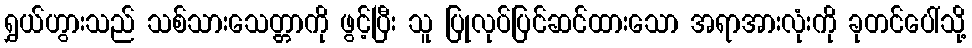
ရွှယ်ဟွားသည် သစ်သားသေတ္တာကို ဖွင့်ပြီး သူ ပြုလုပ်ပြင်ဆင်ထားသော အရာအားလုံးကို ခုတင်ပေါ်သို့